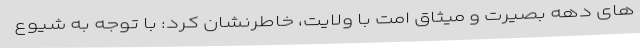
های دهه بصیرت و میثاق امت با ولایت، خاطرنشان کرد: با توجه به شیوع